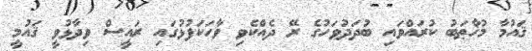
ޤައުމާ މުޚާޠަބު ކުރައްވައި ބުދަދުވަހުގެ ރޭ ދެއްކެވި ވާހަކަފުޅުގައި ރައީސް ވިދާޅުވީ ޤައުމީ